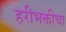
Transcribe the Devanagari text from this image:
हरीभक्तीचा